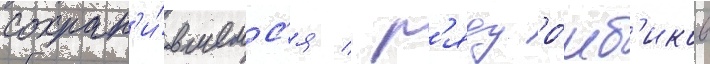
сохран'и́вшемс'я / р'яду ро́мб'иков